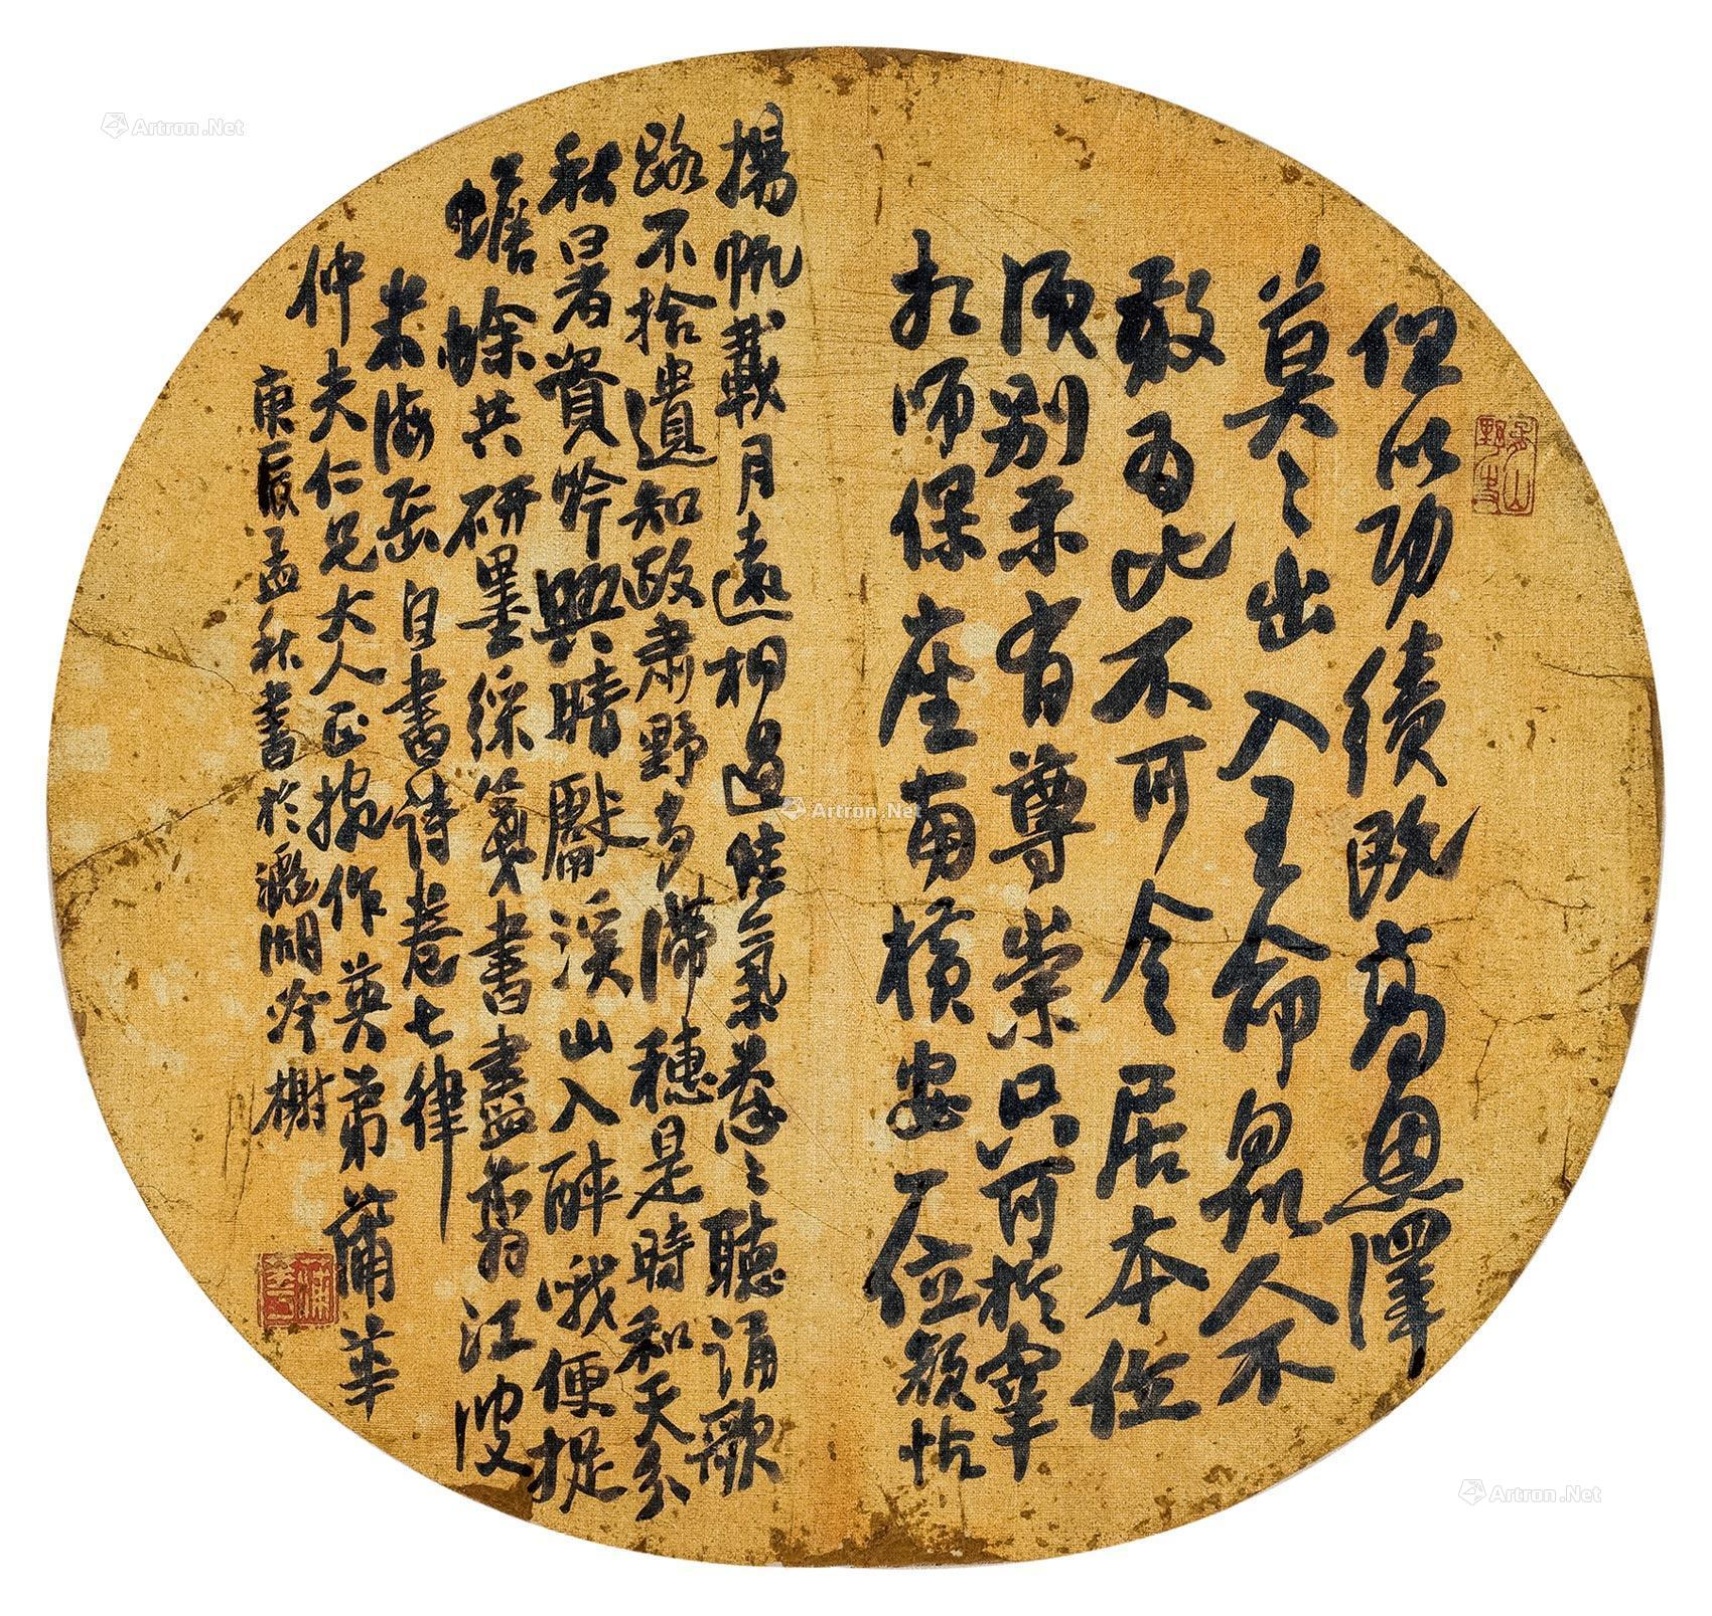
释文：但以功绩既高，恩泽莫二，出入王命，众人不敢为比，不可令居本位，须别示有尊崇，只可于宰相、师、保座南横安一位。颜帖。扬帆载月远相过，佳气葱葱听诵歌。路不拾遗知政肃，野有滞穗是时和。天分秋暑资吟兴，晴献溪山入醉哦。便捉蟾蜍共研墨，彩笺书尽翦江波。米海岳自书诗卷七律，仲夫仁兄大人正腕，作英弟蒲华，庚辰孟秋书于滮湖吟榭。